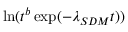
\ln ( t ^ { b } \exp ( - \lambda _ { S D M } t ) )